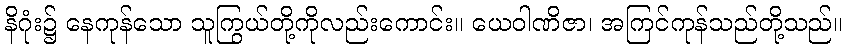
နိဂုံး၌ နေကုန်သော သူကြွယ်တို့ကိုလည်းကောင်း။ ယေဝါဏိဇာ၊ အကြင်ကုန်သည်တို့သည်။